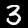
Digit: 3